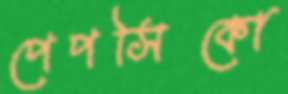
পেপসিকো